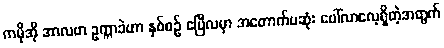
ကမိုအို အာလဗာ ဥက္ကာခဲဟာ နှစ်စဉ် ဧပြီလမှာ အတောက်ပဆုံး ပေါ်လာလေ့ရှိတဲ့အတွက်